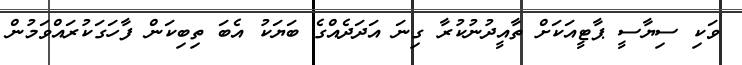
ވަކި ސިޔާސީ ޕާޓީއަކަށް ތާއީދުނުކުރާ ގިނަ އަދަދެއްގެ ބަޔަކު އެބަ ތިބިކަން ފާހަގަކުރައްވަމުން